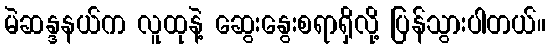
မဲဆန္ဒနယ်က လူထုနဲ့ ဆွေးနွေးစရာရှိလို့ ပြန်သွားပါတယ်။